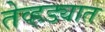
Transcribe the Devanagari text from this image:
तेव्हड्यात